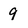
Character: 9